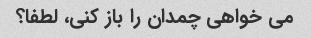
می خواهی چمدان را باز کنی، لطفا؟